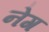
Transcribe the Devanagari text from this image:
नेग